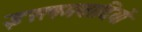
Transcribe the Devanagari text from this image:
इस्लमवादियों